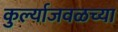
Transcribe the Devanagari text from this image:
कुर्ल्याजवळच्या